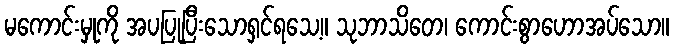
မကောင်းမှုကို အပပြုပြီးသောရှင်ရသေ့။ သုဘာသိတေ၊ ကောင်းစွာဟောအပ်သော။